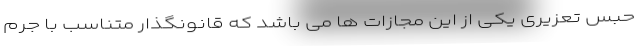
حبس تعزیری یکی از این مجازات ها می باشد که قانونگذار متناسب با جرم